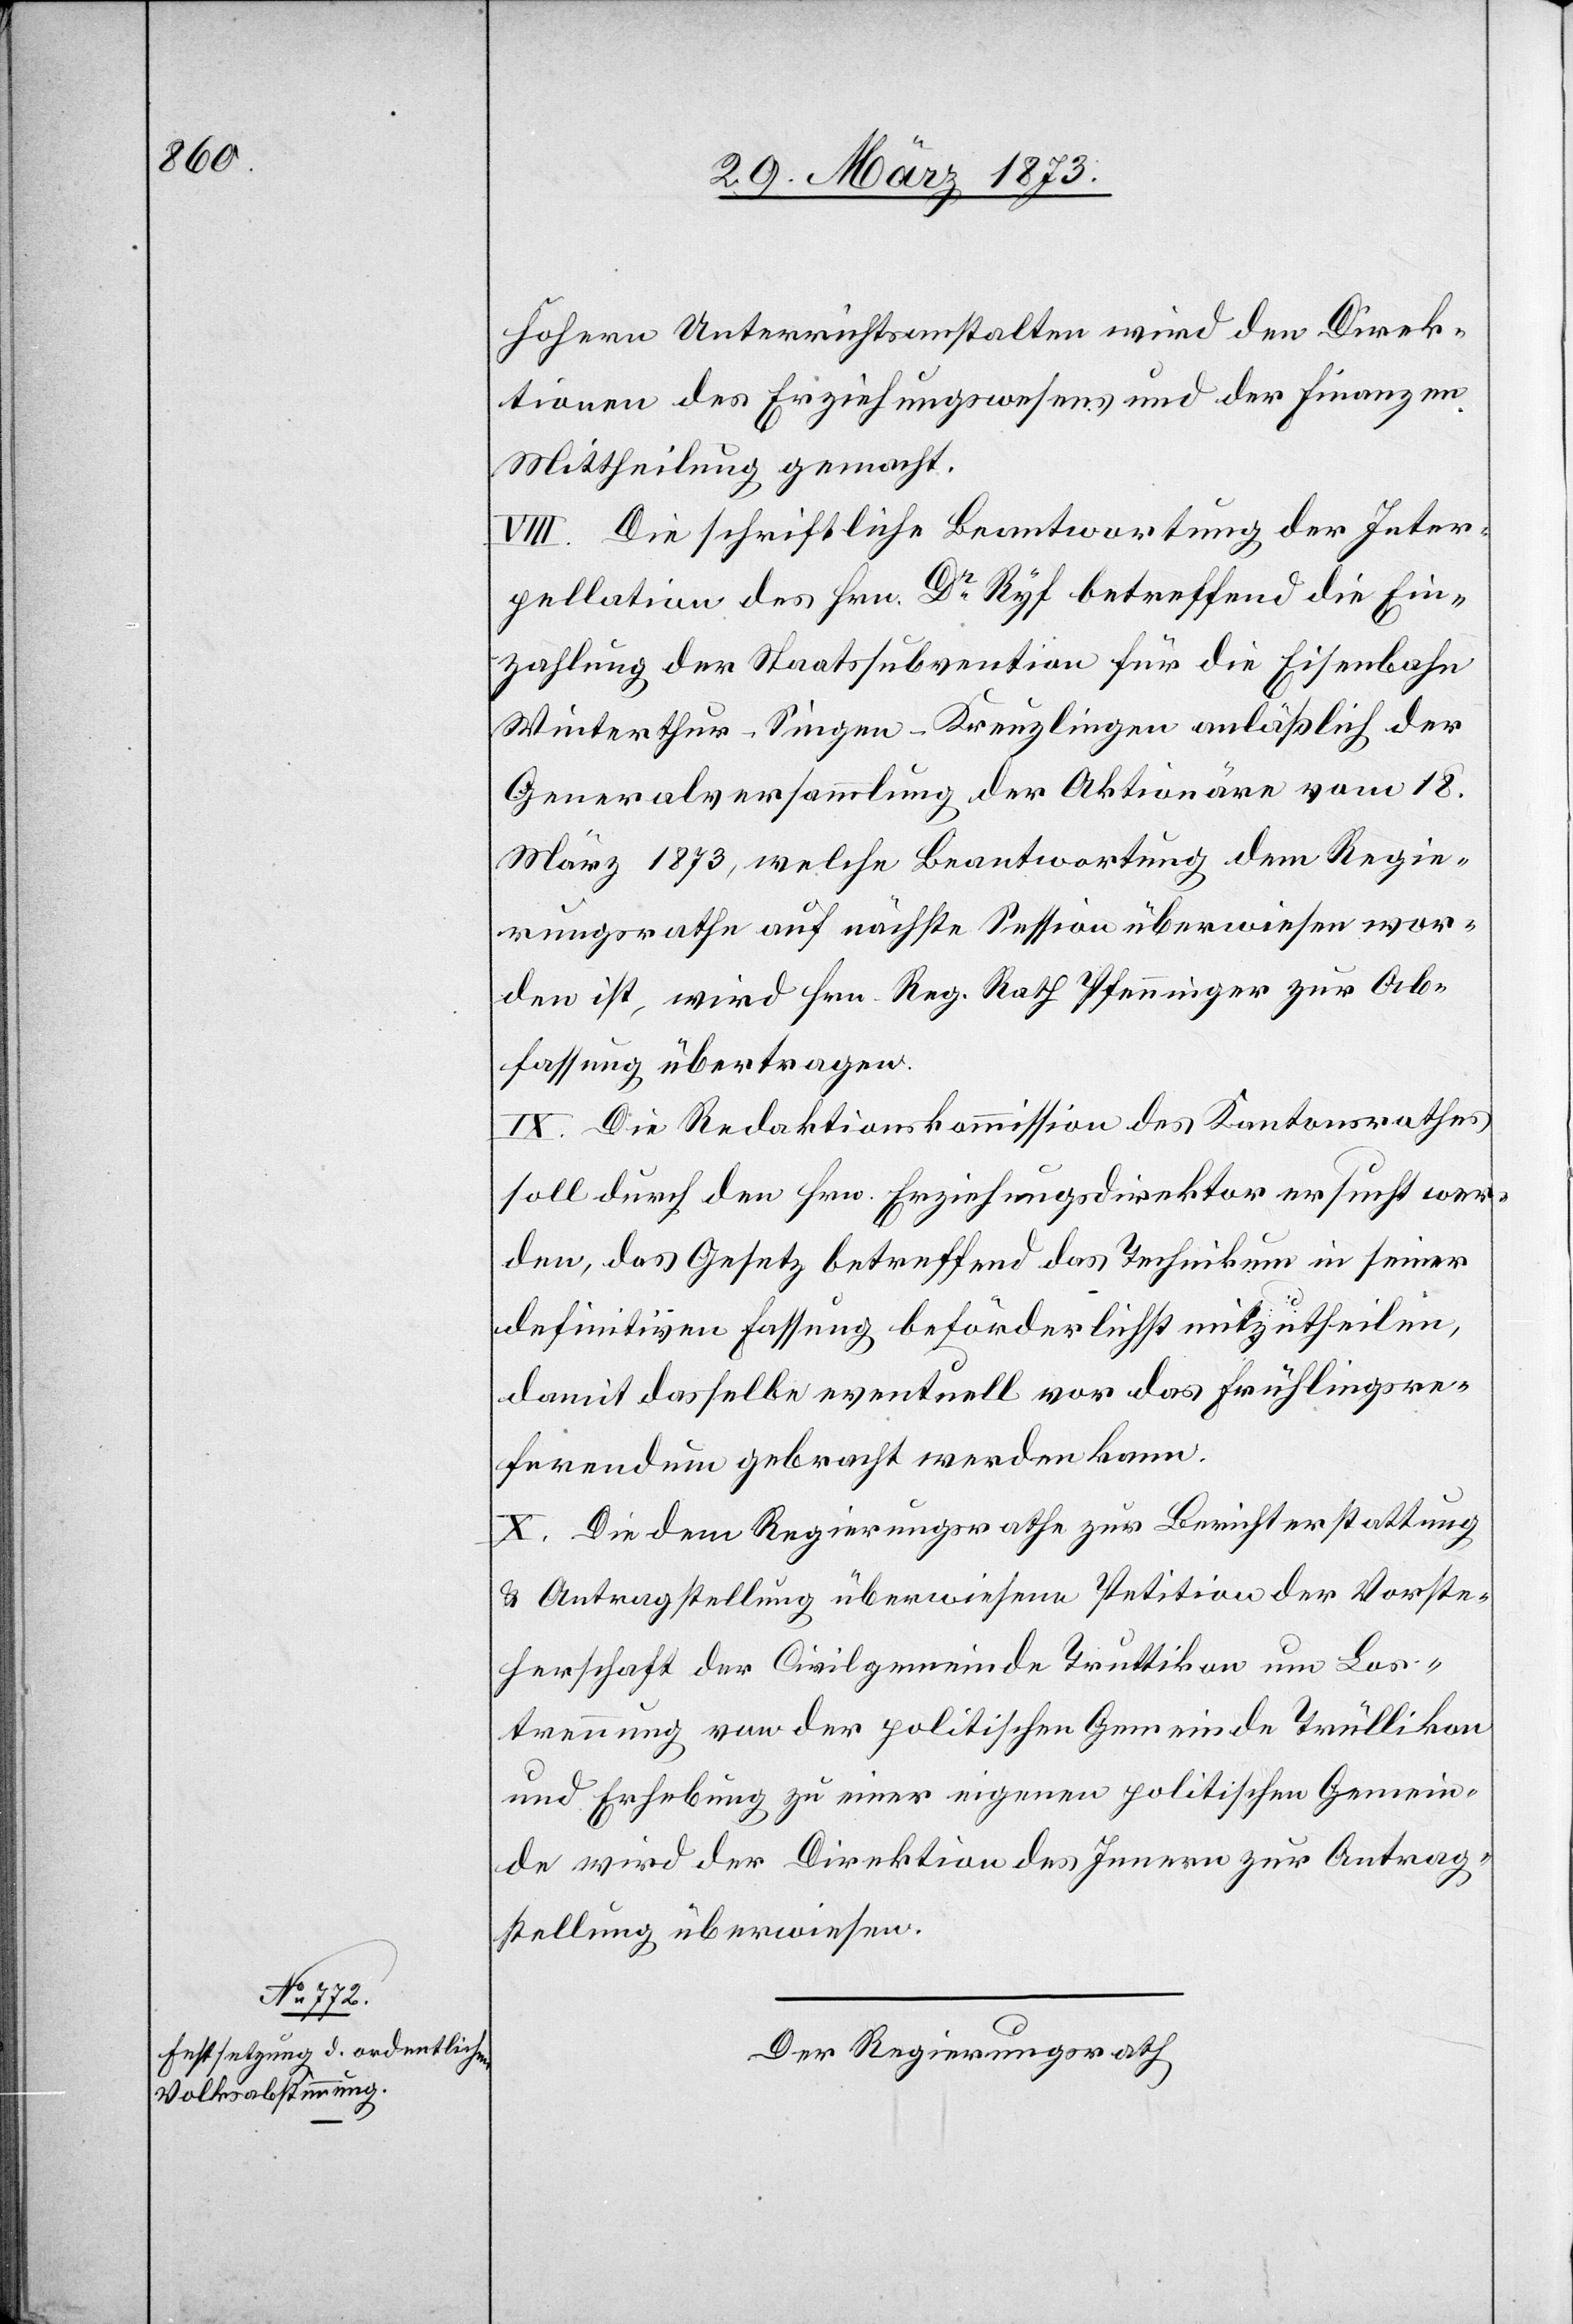
höhern Unterrichtsanstalten wird den Direk¬
tion des Erziehungswesens und der Finanzen
Mittheilung gemacht.
VIII. Die schriftliche Beantwortung der Inter¬
pellation des Hrn. Dr Ryf betreffend die Ein¬
zahlung der Staatssubvention für die Eisenbahn
Winterthur–Singen–Kreuzlingen anläßlich der
Generalversammlung der Aktionäre vom 18.
März 1873, welche Beantwortung dem Regie¬
rungsrathe auf nächste Session überwiesen wor¬
den ist, wird Hrn. Reg. Rath Pfenninger zur Ab¬
fassung übertragen.
IX. Die Redaktionskommission des Kantonsrathes
soll durch den Hrn. Erziehungsdirektor ersucht wer¬
den, das Gesetz betreffend das Technikum in seiner
definitiven Fassung beförderlichst mitzutheilen,
damit dasselbe eventuell vor das Frühlingsre¬
ferendum gebracht werden kann.
X. Die dem Regierungsrathe zur Berichterstattung
u. Antragstellung überwiesene Petition der Vorste¬
herschaft der Civilgemeinde Truttikon um Los¬
trennung von der politischen Gemeinde Trüllikon
und Erhebung zu einer eignen politischen Gemein¬
de wird der Direktion des Innern zur Antrag¬
stellung überwiesen.
Der Regierungsrath